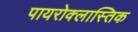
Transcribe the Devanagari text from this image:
पायरोक्लास्तिक